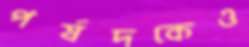
পর্ষদকেও